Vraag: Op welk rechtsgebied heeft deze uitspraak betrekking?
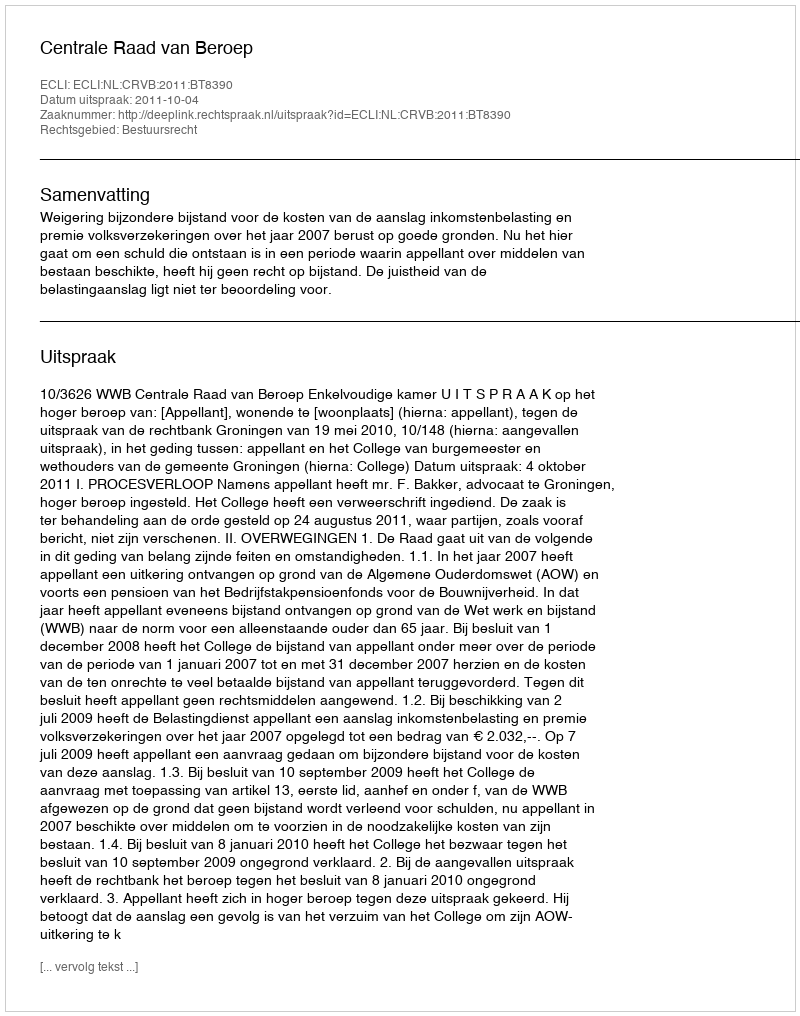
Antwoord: Bestuursrecht